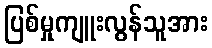
ပြစ်မှုကျူးလွန်သူအား